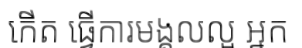
កើត ធ្វើការមង្គលល្អ អ្នក